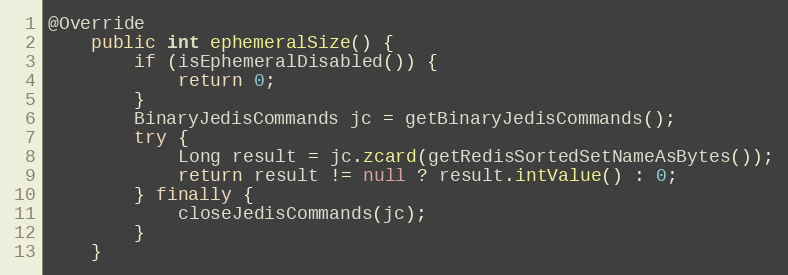
Language: Java
@Override
    public int ephemeralSize() {
        if (isEphemeralDisabled()) {
            return 0;
        }
        BinaryJedisCommands jc = getBinaryJedisCommands();
        try {
            Long result = jc.zcard(getRedisSortedSetNameAsBytes());
            return result != null ? result.intValue() : 0;
        } finally {
            closeJedisCommands(jc);
        }
    }